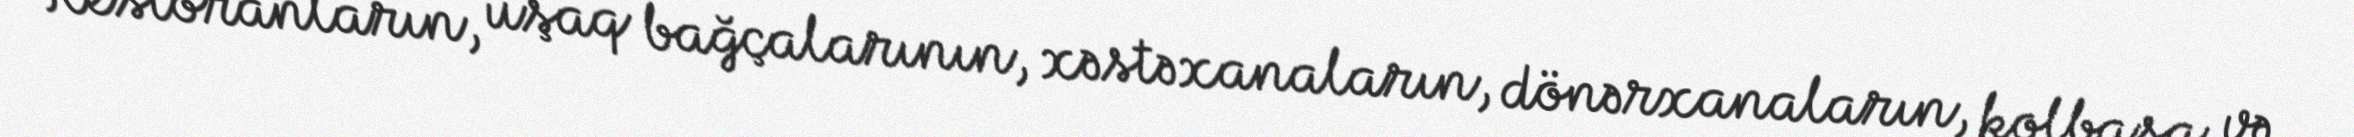
Restoranların, uşaq bağçalarının, xəstəxanaların, dönərxanaların, kolbasa və